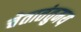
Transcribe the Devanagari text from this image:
चेतातंतुमय